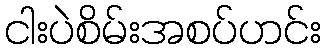
ငါးပဲစိမ်းအစပ်ဟင်း